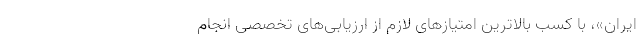
ایران»، با کسب بالاترین امتیازهای لازم از ارزیابی‌های تخصصی انجام